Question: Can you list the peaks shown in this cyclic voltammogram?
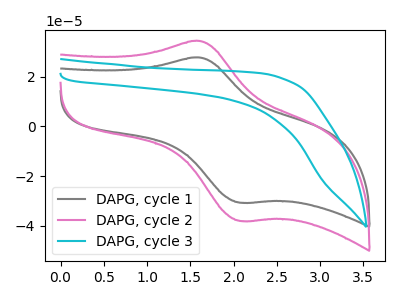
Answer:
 <answer>The gray curve "DAPG, cycle 1" has an anodic peak at (1.60V, 27.75uA) and a cathodic peak at (2.10V, -30.65uA). The pink curve "DAPG, cycle 2" has an anodic peak at (1.60V, 34.40uA) and a cathodic peak at (2.10V, -38.00uA). The cyan curve "DAPG, cycle 3" has no peaks.</answer>
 <eval></eval>